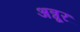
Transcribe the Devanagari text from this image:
अन्नूर